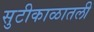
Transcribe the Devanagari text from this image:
सुटीकाळातली